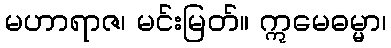
မဟာရာဇ၊ မင်းမြတ်။ ဣမေဓမ္မာ၊